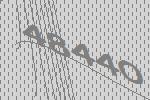
48440